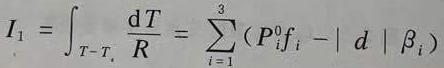
$I_{1}=\int_{T - T_{s}} \frac{\mathrm{d}T}{R}=\sum_{i = 1}^{3}(P_{i}^{0}f_{i}-|d|\beta_{i})$